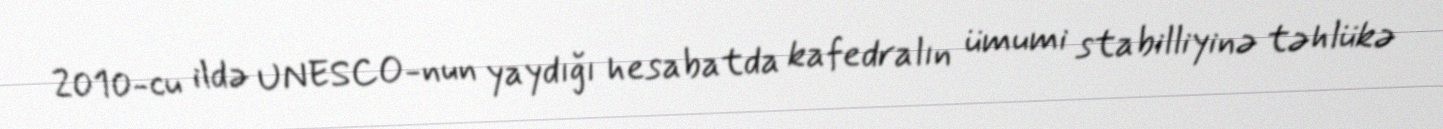
2010-cu ildə UNESCO-nun yaydığı hesabatda kafedralın ümumi stabilliyinə təhlükə